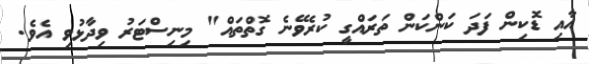
އާއި ޑޮކިން ފަދަ ކަންކަން ތަރައްގީ ކުރެވޭނެ ގޮތްތައް" މިނިސްޓަރު ވިދާޅުވި އެވެ.